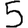
Digit: 5